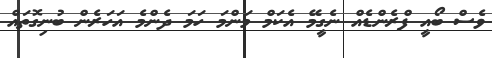
ވެސް ބޯއީ ފްރެންޑެއް ނެގީމޭ އެކަމް މަންމަ ހަމަ ދެންމެ އަހަރެން ބުނިގޮތައް